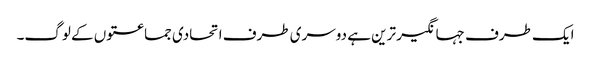
ایک طرف جہانگیر ترین ہے دوسری طرف اتحادی جماعتوں کے لوگ۔